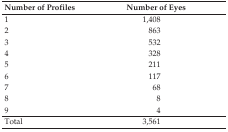
| Number of Profiles | Number of Eyes |
 | --- | --- |
 | 1 | 1,408 |
 | 2 | 863 |
 | 3 | 532 |
 | 4 | 328 |
 | 5 | 211 |
 | 6 | 117 |
 | 7 | 68 |
 | 8 | 8 |
 | 9 | 4 |
 | Total | 3,561 |